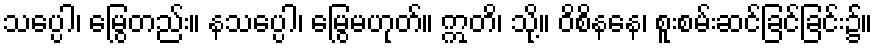
သပ္ပေါ၊ မြွေတည်း။ နသပ္ပေါ၊ မြွေမဟုတ်။ ဣတိ၊ သို့။ ဝိစိနနေ၊ စူးစမ်းဆင်ခြင်ခြင်း၌။